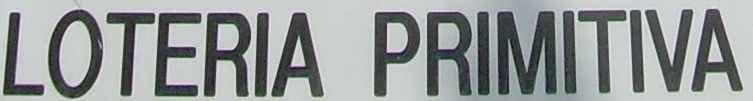
LOTERIA PRIMITIVA